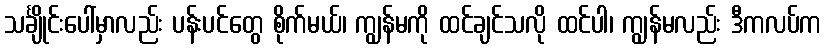
သင်္ချိုင်းပေါ်မှာလည်း ပန်းပင်တွေ စိုက်မယ်၊ ကျွန်မကို ထင်ချင်သလို ထင်ပါ၊ ကျွန်မလည်း ဒီကလပ်က